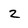
Character: 2